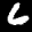
Label: 6